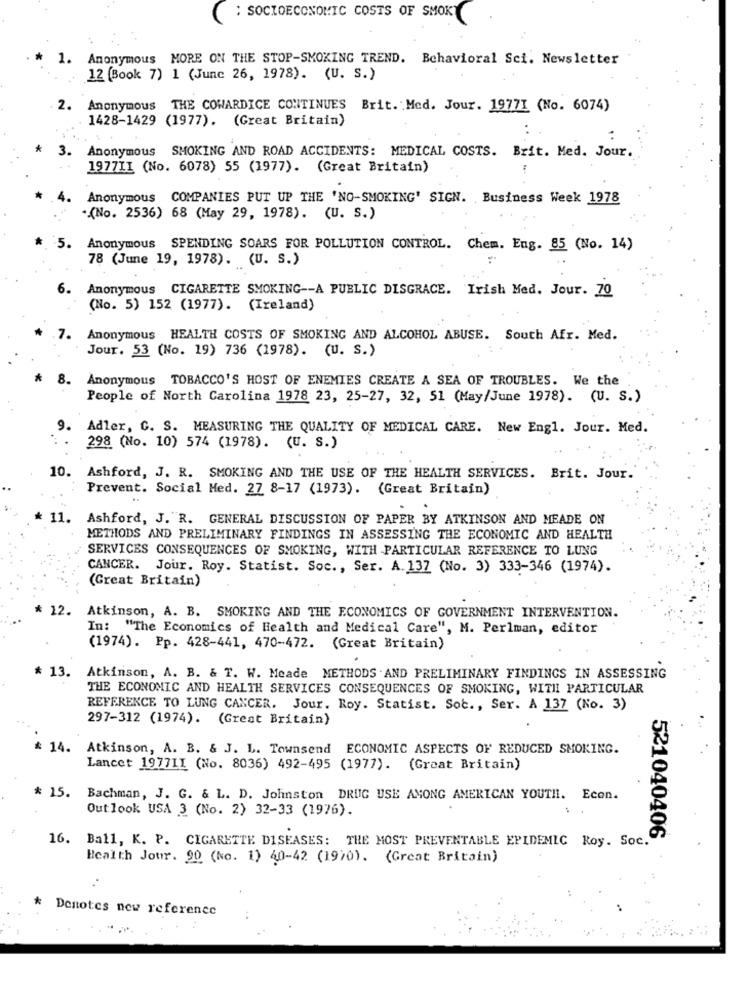
; SOCIOECONOMIC COSTS OF SMOKY
1.
Anonymous MORE ON THE STOP-SMOKING TREND. Behavioral Sci. Newsletter
12 (Book 7) 1 (June 26, 1978). (U. S.)
2.
Anonymous THE COWARDICE CONTINUES Brit. Med. Jour. 19771 (No. 6074)
1428-1429 (1977). (Great Britain)
3.
Anonymous SMOKING AND ROAD ACCIDENTS: MEDICAL COSTS. Brit. Med. Jour.
1977II (No. 6078) 55 (1977). (Great Britain)
4.
Anonymous COMPANIES PUT UP THE 'NO-SMOKING' SIGN. Business Week 1978
(No. 2536) 68 (May 29, 1978). (U. S.)
5. Anonymous SPENDING SOARS FOR POLLUTION CONTROL. Chem. Eng. 85 (No. 14)
78 (June 19, 1978). (U. S.)
6.
Anonymous CIGARETTE SMOKING -- A PUBLIC DISGRACE. Irish Med. Jour. 70
(No. 5) 152 (1977). (Ireland)
7. Anonymous HEALTH COSTS OF SMOKING AND ALCOHOL ABUSE. South Afr. Med.
Jour. 53 (No. 19) 736 (1978). (U. S.)
8.
Anonymous TOBACCO'S HOST OF ENEMIES CREATE A SEA OF TROUBLES. We the
People of North Carolina 1978 23, 25-27, 32, 51 (May/June 1978). (U. S.)
9.
Adler, C. S. MEASURING THE QUALITY OF MEDICAL CARE. New Engl. Jour. Med.
298 (No. 10) 574 (1978). (U. S.)
10. Ashford, J. R. SMOKING AND THE USE OF THE HEALTH SERVICES. Brit. Jour.
Prevent. Social Med. 27 8-17 (1973). (Great Britain)
11.
Ashford, J. "R. GENERAL DISCUSSION OF PAPER BY ATKINSON AND MEADE ON
METHODS AND PRELIMINARY FINDINGS IN ASSESSING THE ECONOMIC AND HEALTH
SERVICES CONSEQUENCES OF SMOKING, WITH PARTICULAR REFERENCE TO LUNG
CANCER. Jour. Roy. Statist. Soc ., Ser. A. 137 (No. 3) 333-346 (1974).
(Great Britain)
* 12. Atkinson, A. B. SMOKING AND THE ECONOMICS OF GOVERNMENT INTERVENTION.
In: "The Economics of Health and Medical Care", M. Perlman, editor
(1974). Pp. 428-441, 470-472. (Great Britain)
* 13. Atkinson, A. B. & T. W. Meade METHODS . AND PRELIMINARY FINDINGS IN ASSESSING
THE ECONOMIC AND HEALTH SERVICES CONSEQUENCES OF SMOKING, WITH PARTICULAR
REFERENCE TO LUNG CANCER. Jour. Roy. Statist. Soc. , Ser. A 137 (No. 3)
297-312 (1974). (Great Britain)
* 14. Atkinson, A. B. & J. L. Townsend ECONOMIC ASPECTS OF REDUCED SMOKING.
Lancet 1977II (No. 8036) 492-495 (1977). (Great Britain)
* 15.
Bachman, J. G. & L. D. Johnston DRUG USE AMONG AMERICAN YOUTH. Econ.
Outlook USA 3 (No. 2) 32-33 (1976).
16. Ball, K. P. CIGARETTE DISEASES: THE MOST PREVENTABLE EPIDEMIC Roy. Soc.
521040406
Health Jour. 90 (No. 1) 40-42 (1970). (Great Britain)
*
Denotes new reference